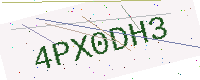
Text: 4PX0DH3